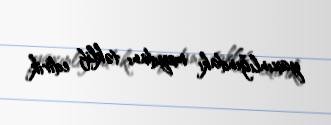
yaxınlığındakı meydanı təklif edirik.